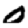
Digit: 0